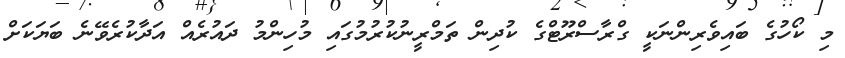
މި ކޯހުގެ ބައިވެރިންނަކީ ގްރާސްރޫޓްގެ ކުދިން ތަމްރީނުކުރުމުގައި މުހިންމު ދައުރެއް އަދާކުރެވޭނެ ބަޔަކަށް